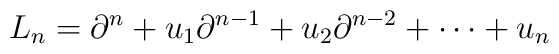
L_{n} = \partial^{n} + u_{1} \partial^{n-1} + u_{2} \partial^{n-2} +\cdots + u_{n}